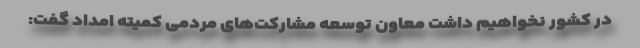
در کشور نخواهیم داشت معاون توسعه مشارکت‌های مردمی کمیته امداد گفت: